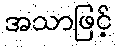
အသာဖြင့်